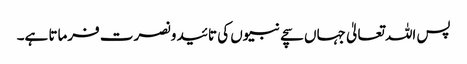
پس اللہ تعالیٰ جہاں سچے نبیوں کی تائید و نصرت فرماتا ہے۔